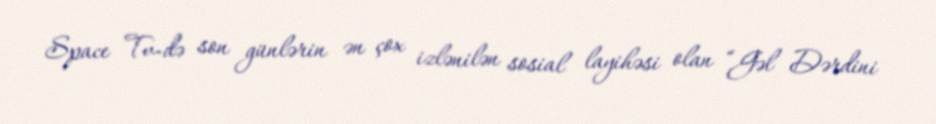
Space Tv-də son günlərin ən çox izlənilən sosial layihəsi olan “Gəl Dərdini